Papers set at the Examination for Leaving Certificates, 1890
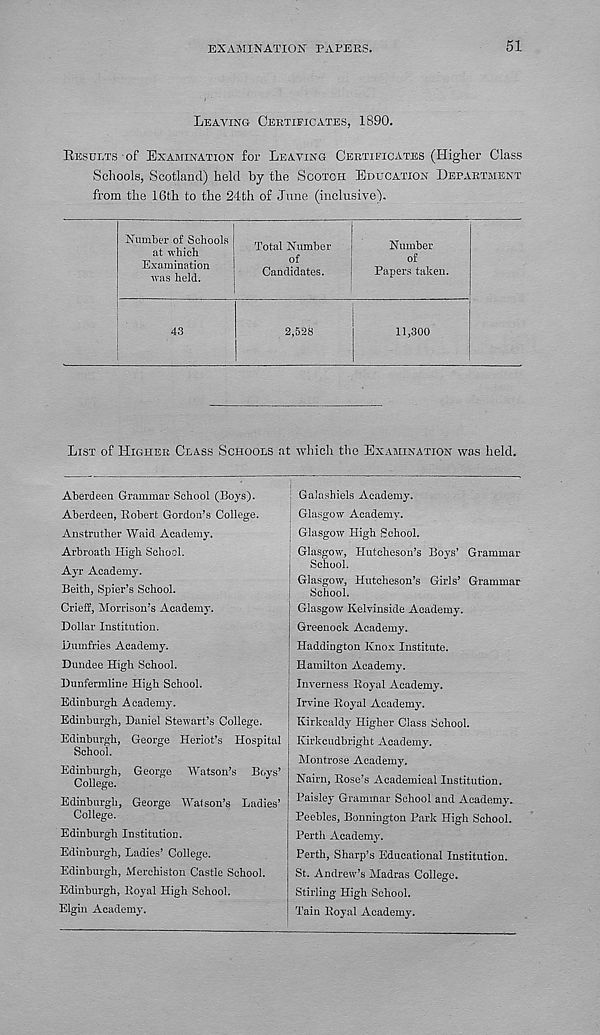
EXAMINATION' PAPERS.
51
Leaving Certificates, 1890.
Results-of Examination for Leaving Certificates (Higher Class
Schools, Scotland) held by the Scotch Education Department
from the 16th to the 24th of June (inclusive).
Number of Schools
at which
Examination
was held.
43
Total Number
of
Candidates.
2,528
Number
of
Papers taken.
11,300
List of Higher Class Schools at which the Examination was held.
Aberdeen Grammar School (Boys).
Aberdeen, Robert Gordon’s College.
Anstruther Waid Academy.
Arbroath High School.
Ayr Academy.
Beith, Spier’s School.
Crieff, Morrison’s Academy.
Dollar Institution.
Dumfries Academy.
Dundee High School.
Dunfermline High School.
Edinburgh Academy.
Edinburgh, Daniel Stewart’s College.
Edinburgh, George Heriot’s Hospital
School.
Edinburgh, George Watson’s Boys’
College.
Edinburgh, George Waf son’s Ladies’
College.
Edinburgh Institution.
Edinburgh, Ladies’ College.
Edinburgh, Merchiston Castle School.
Edinburgh, Royal High School.
Elgin Academy.
Galashiels Academy.
Glasgow Academy.
Glasgow High School.
, Glasgow, Hutcheson’s Boys’ Grammar
School.
Glasgow, Hutcheson’s Girls’ Grammar
School.
Glasgow Kelvinside Academy.
Greenock Academy.
Haddington Knox Institute.
Hamilton Academy.
Inverness Royal Academy.
Irvine Royal Academy.
Kirkcaldy Higher Class School.
Kirkcudbright Academy.
Montrose Academy.
Nairn, Rose’s Academical Institution.
Paisley Grammar School and Academy.
Peebles, Bonnington Park High School.
Perth Academy.
Perth, Sharp’s Educational Institution.
St. Andrew’s Madras College.
Stirling High School.
Tain Royal Academy.